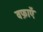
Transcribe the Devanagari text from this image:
वफ़ाएँ